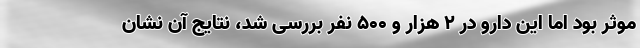
موثر بود اما این دارو در ۲ هزار و ۵۰۰ نفر بررسی شد، نتایج آن نشان